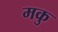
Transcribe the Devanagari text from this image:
मकु